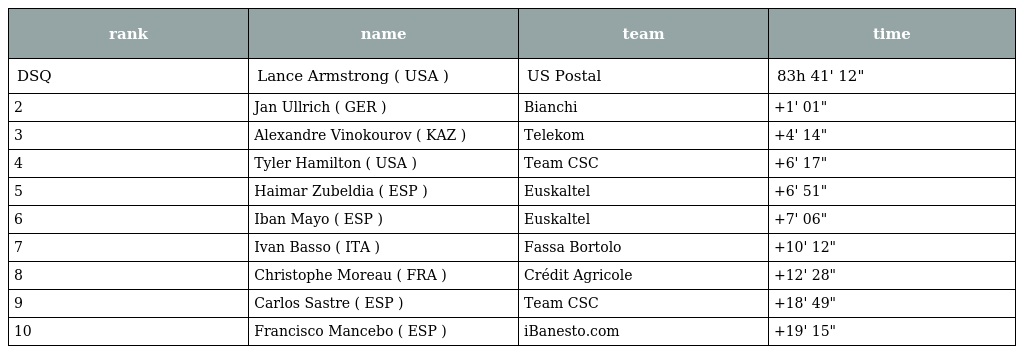
| rank | name | team | time |
 | --- | --- | --- | --- |
 | DSQ | Lance Armstrong ( USA ) | US Postal | 83h 41' 12" |
 | 2 | Jan Ullrich ( GER ) | Bianchi | +1' 01" |
 | 3 | Alexandre Vinokourov ( KAZ ) | Telekom | +4' 14" |
 | 4 | Tyler Hamilton ( USA ) | Team CSC | +6' 17" |
 | 5 | Haimar Zubeldia ( ESP ) | Euskaltel | +6' 51" |
 | 6 | Iban Mayo ( ESP ) | Euskaltel | +7' 06" |
 | 7 | Ivan Basso ( ITA ) | Fassa Bortolo | +10' 12" |
 | 8 | Christophe Moreau ( FRA ) | Crédit Agricole | +12' 28" |
 | 9 | Carlos Sastre ( ESP ) | Team CSC | +18' 49" |
 | 10 | Francisco Mancebo ( ESP ) | iBanesto.com | +19' 15" |